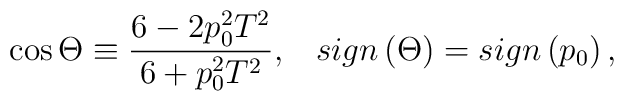
\cos \Theta \equiv \frac{6-2p_0^2T^2}{6+p_0^2T^2},\;\;\;sign\left( \Theta\right) =sign\left( p_0\right) ,